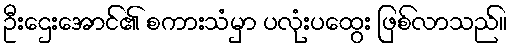
ဦးဌေးအောင်၏ စကားသံမှာ ပလုံးပထွေး ဖြစ်လာသည်။